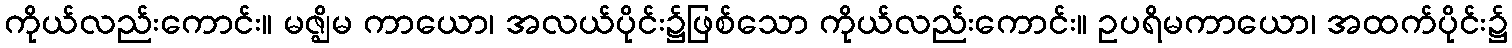
ကိုယ်လည်းကောင်း။ မဇ္ဈိမ ကာယော၊ အလယ်ပိုင်း၌ဖြစ်သော ကိုယ်လည်းကောင်း။ ဥပရိမကာယော၊ အထက်ပိုင်း၌